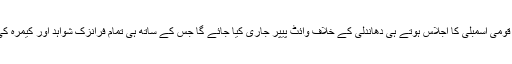
مریم اورنگ زیب کا کہنا تھا کہ قومی اسمبلی کا اجلاس ہوتے ہی دھاندلی کے خلاف وائٹ پیپر جاری کیا جائے گا جس کے ساتھ ہی تمام فرانزک شواہد اور کیمرہ کی فوٹیجز بھی پیش کی جائیں گی۔